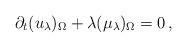
LaTeX: \begin{align*} \partial_t(u_\lambda)_\Omega + \lambda(\mu_\lambda)_\Omega=0\,,\end{align*}